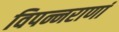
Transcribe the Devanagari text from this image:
विपन्नराणां